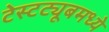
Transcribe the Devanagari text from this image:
टेस्टट्यूबमध्ये